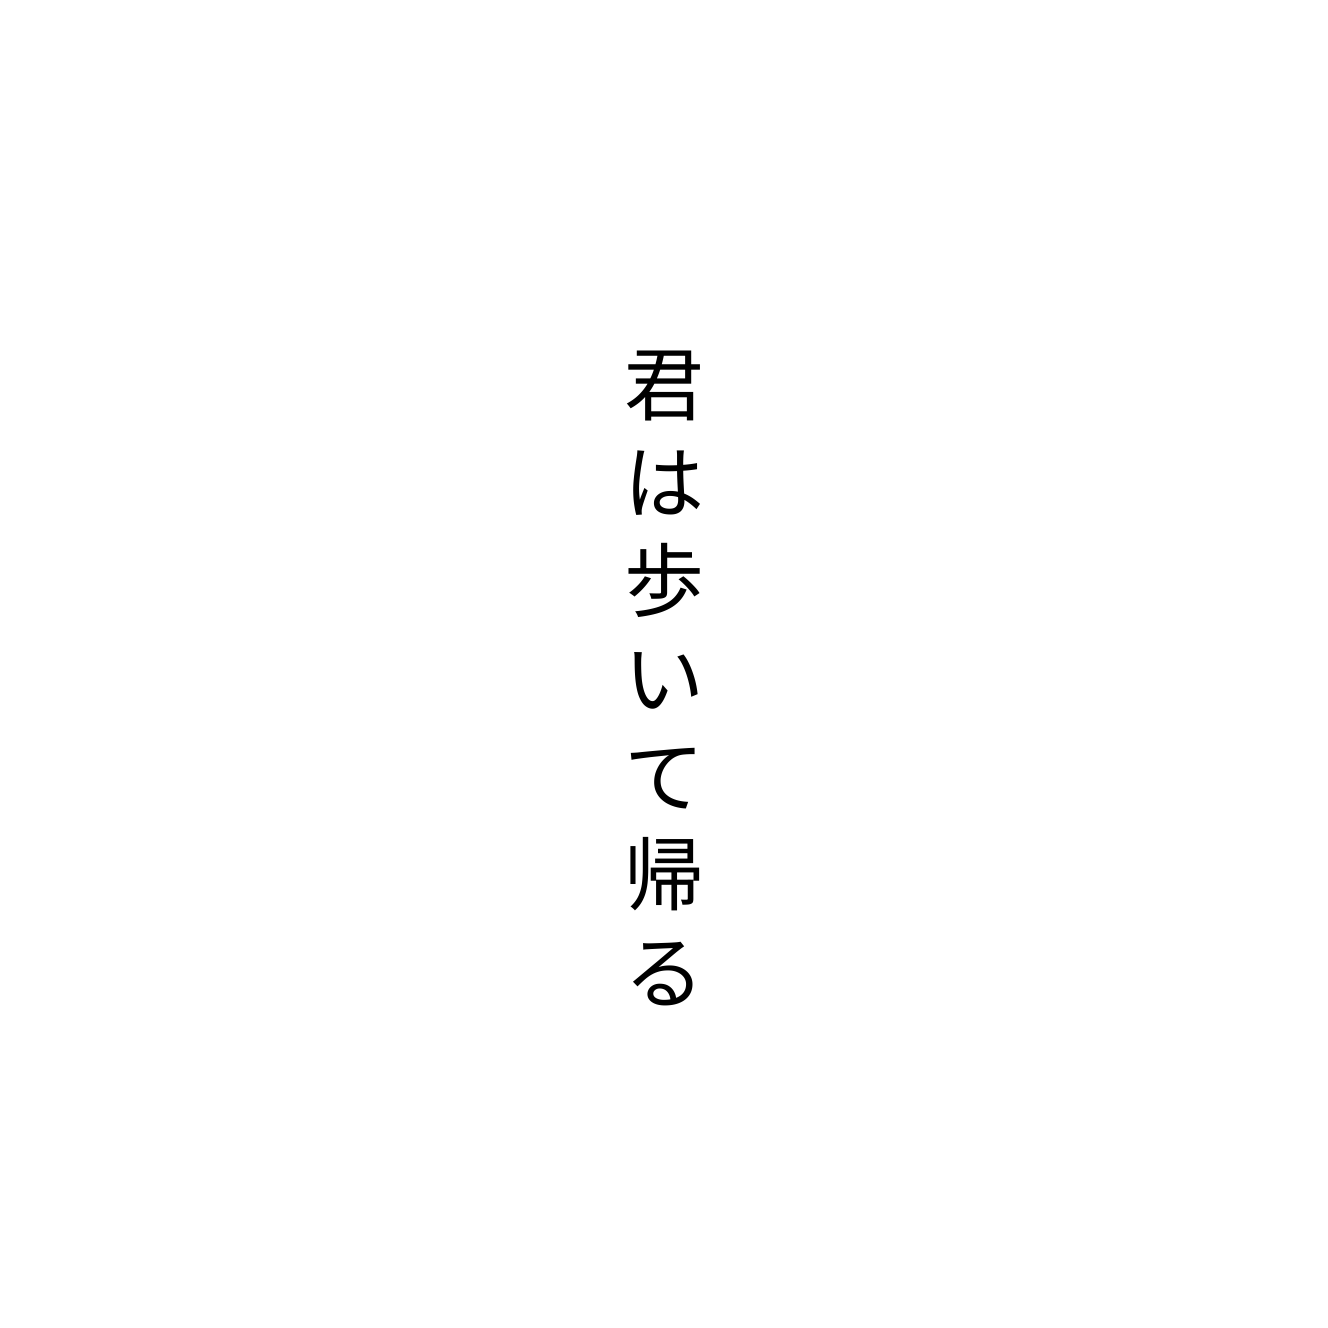
君は歩いて帰る